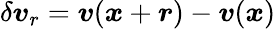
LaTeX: \delta\boldsymbol{v}_{r}=\boldsymbol{v}(\boldsymbol{x}+\boldsymbol{r})-\boldsymbol{v}(\boldsymbol{x})